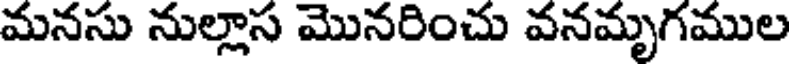
మనసు నుల్లాస మొనరించు వనమృగముల